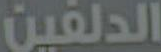
الدلفين